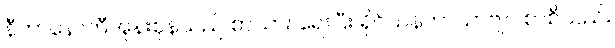
နီကာနော်တီအုန်းစုန်သည် စာသား ရေးပြီး ရိုင်ယန်ကာယာဗျပ် စာစီသည်။